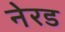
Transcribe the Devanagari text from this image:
नेरड